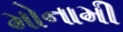
મોનામી